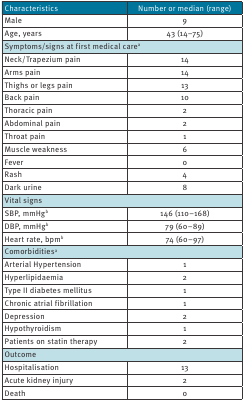
| Characteristics | Number or median (range) |
 | --- | --- |
 | Male | 9 |
 | Age, years | 43 (14–75) |
 | <COLSPAN=2> Symptoms/signs at first medical carea |
 | Neck/Trapezium pain | 14 |
 | Arms pain | 14 |
 | Thighs or legs pain | 13 |
 | Back pain | 10 |
 | Thoracic pain | 2 |
 | Abdominal pain | 2 |
 | Throat pain | 1 |
 | Muscle weakness | 6 |
 | Fever | 0 |
 | Rash | 4 |
 | Dark urine | 8 |
 | <COLSPAN=2> Vital signs |
 | SBP, mmHgb | 146 (110–168) |
 | DBP, mmHgb | 79 (60–89) |
 | Heart rate, bpmb | 74 (60–97) |
 | <COLSPAN=2> Comorbiditiesa |
 | Arterial Hypertension | 1 |
 | Hyperlipidaemia | 2 |
 | Type II diabetes mellitus | 1 |
 | Chronic atrial fibrillation | 1 |
 | Depression | 2 |
 | Hypothyroidism | 1 |
 | Patients on statin therapy | 2 |
 | <COLSPAN=2> Outcome |
 | Hospitalisation | 13 |
 | Acute kidney injury | 2 |
 | Death | 0 |